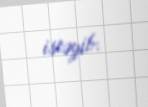
istəyib.